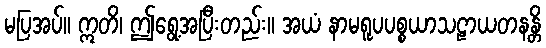
မပြအပ်။ ဣတိ၊ ဤရွေ့အပြီးတည်း။ အယံ နာမရူပပစ္စယာသဠာယတနန္တိ